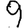
Digit: 9